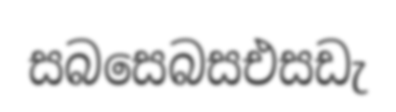
සබසෙබසඑසඩැ